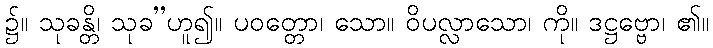
၌။ သုခန္တိ၊ သုခ’’ဟူ၍။ ပဝတ္တော၊ သော။ ဝိပလ္လာသော၊ ကို။ ဒဋ္ဌဗ္ဗော၊ ၏။